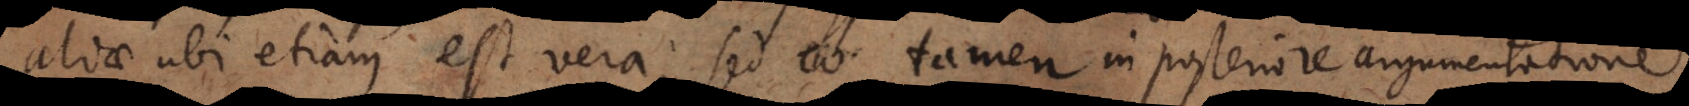
aliae ubi etiam est vera, sed tamen in posteriore argumentatione